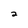
Character: 2